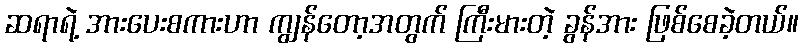
ဆရာရဲ့ အားပေးစကားဟာ ကျွန်တော့အတွက် ကြီးမားတဲ့ ခွန်အား ဖြစ်စေခဲ့တယ်။